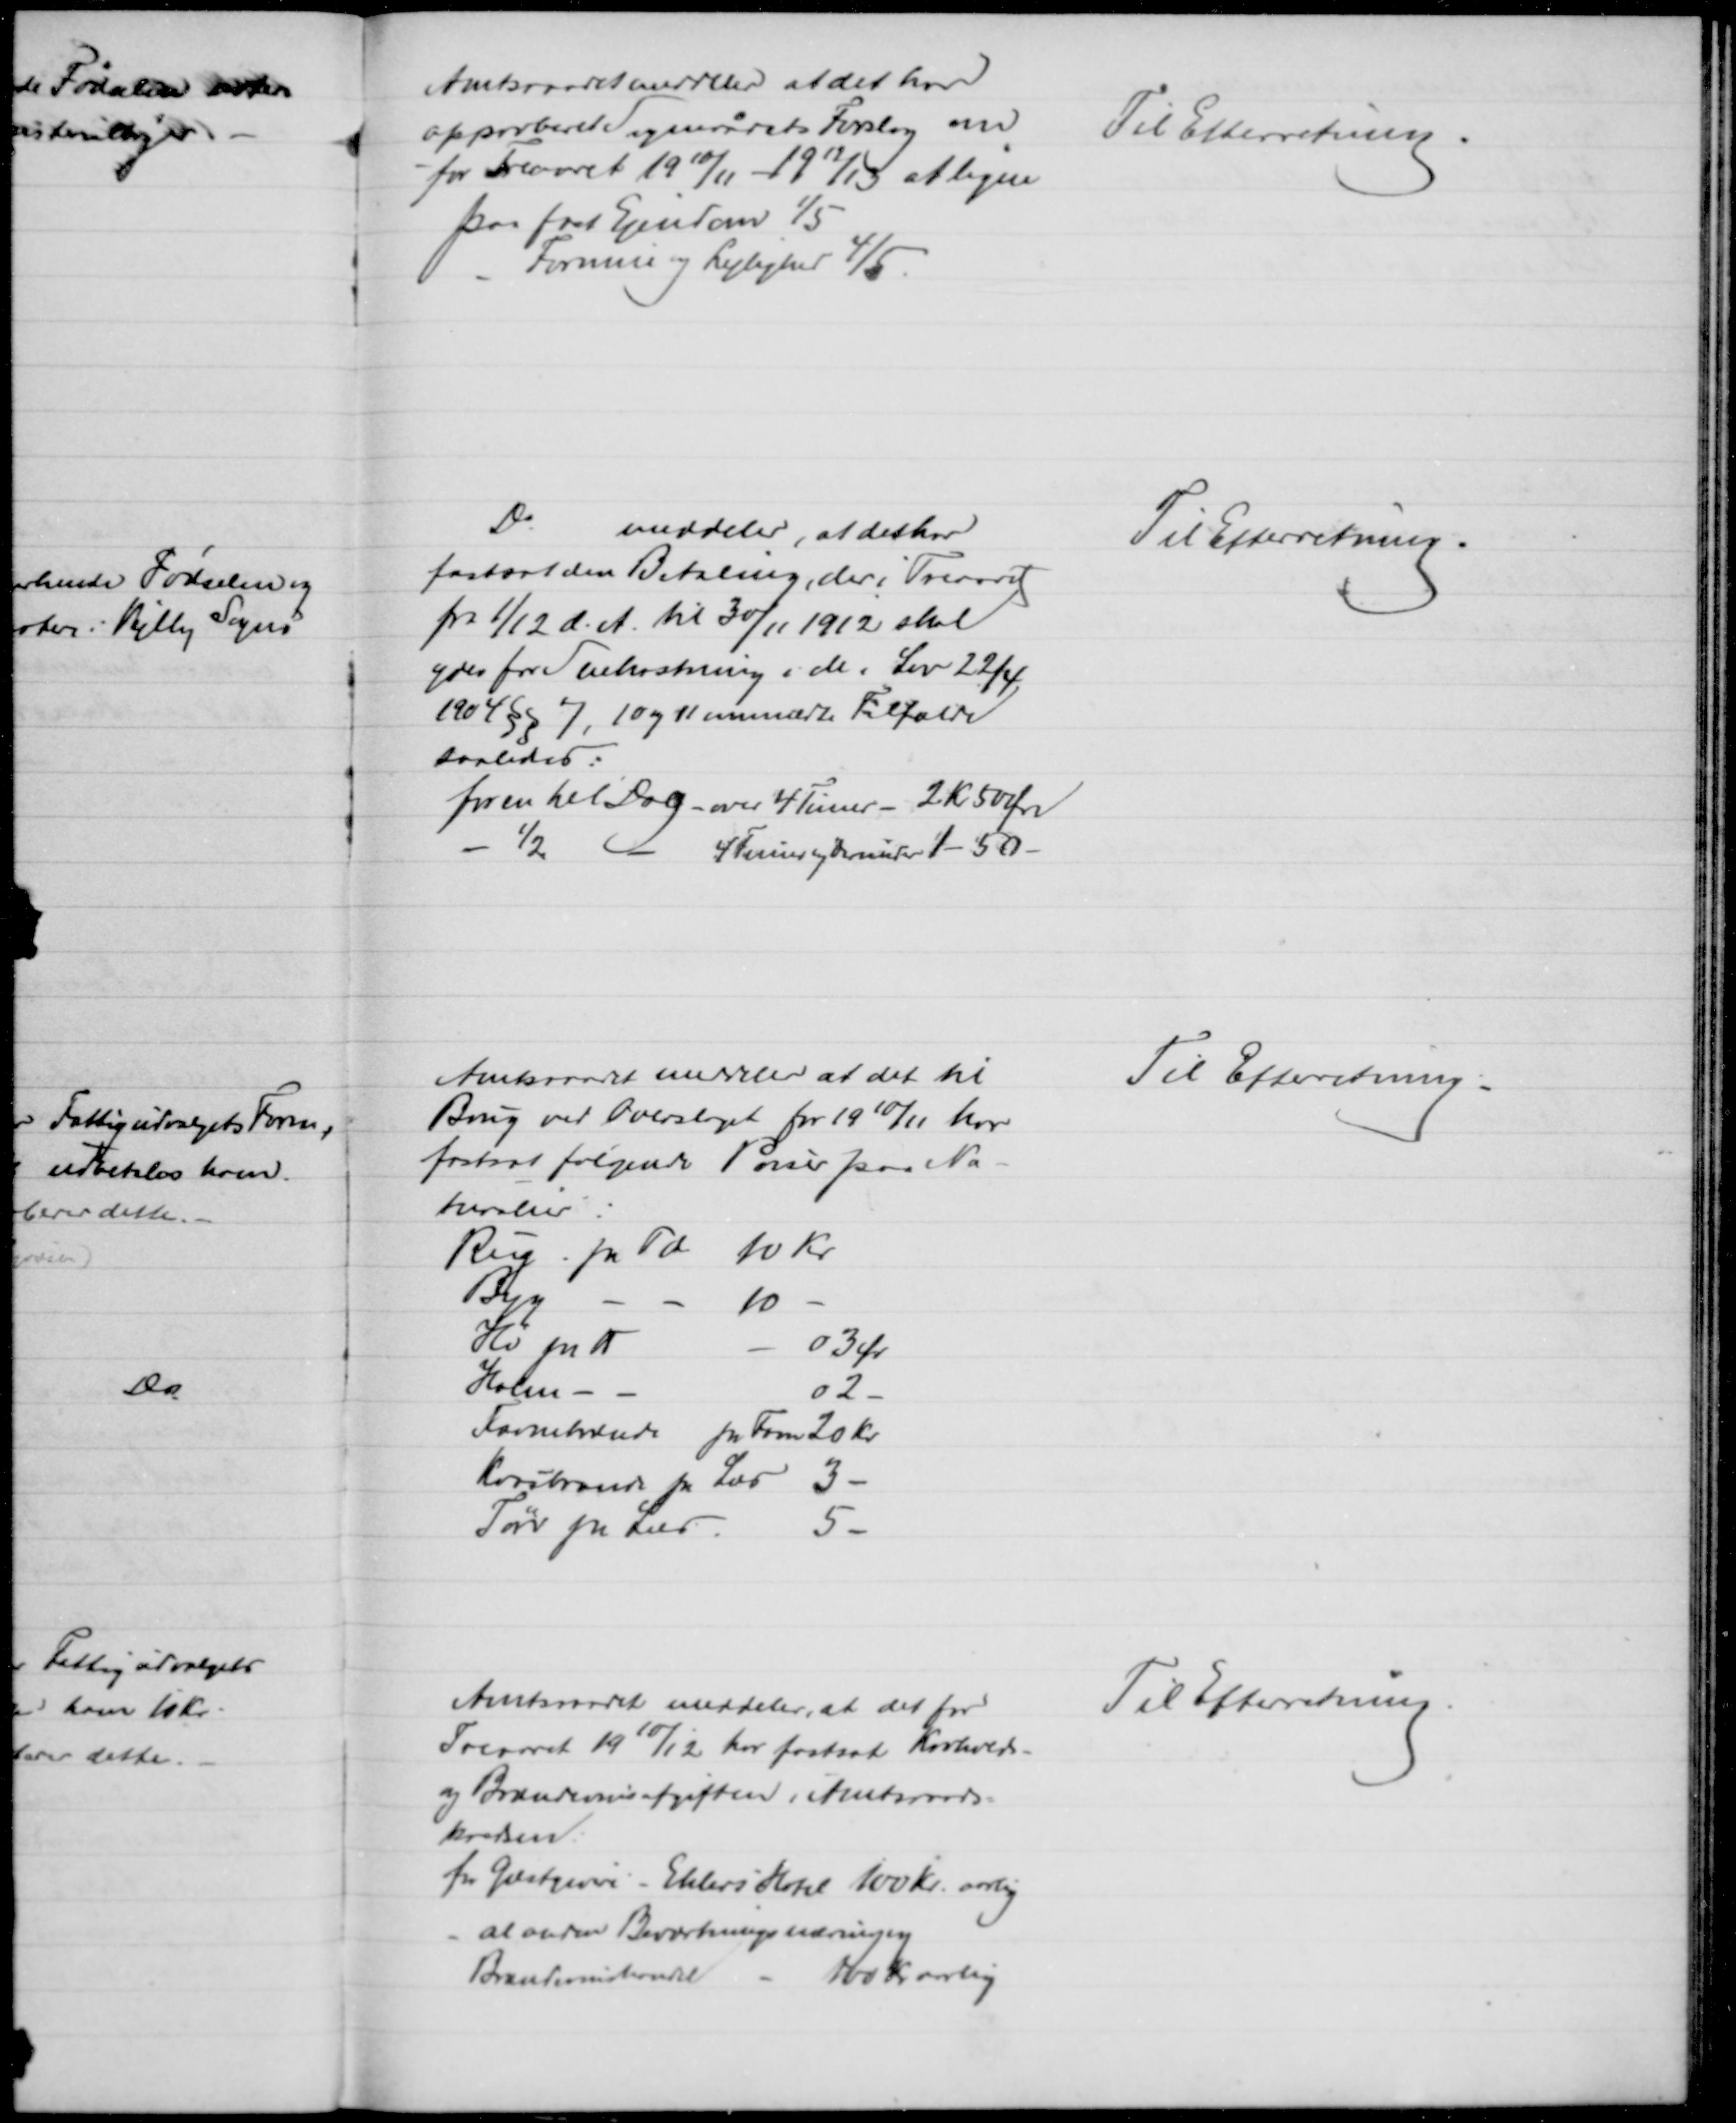
Transskription:
Amtsraadet meddeler at det har
approberet Sognerådets Forslag om
for Treaaret 1910/11 - 1912/13 at ligne
paa fast Ejendom 1/5
Formue og Lejlighed 4/5.
Til Efterretning.
Do
meddeler, at det har
fastsat den Betaling, der i Treaaret
fra 1/12 d. A. til 30/11 1912 skal
ydes for Snekastning i de i Lov 22/4
1904 §§ 7, 10 og 11 ommeldte Tilfælde
saaledes:
for en hel Dag - over 4 Timer - 2 Kr 50 Øre
1/2
4 Timer og derunder 1 - 50 
Til Efterretning.
Amtsraadet meddeler at det til 
Brug ved Overslaget for 1910/11 har
fastsat følgende Priser paa Na-
turalier:
Rug. pr Td 10 Kr.
Byg
10
Hø pr ℔
03 Ør
Halm
02
Favnebrænde pr Favn 20 Kr
Kvasbrænde pr Læs
3
Tørv pr Læs
5
Til Efterretning.
Amtsraadet meddeler, at det for
Treaaret 1910/12 har fastsat Kroholds-
og Brændevinsafgiften i Amtsraads-
kredsen:
for Gæstgiveri - Ehlers Hotel 100 Kr. aarlig
al anden Beværtningsnæring og
Brændevinshandel
100 Kr aarlig
Til Efterretning